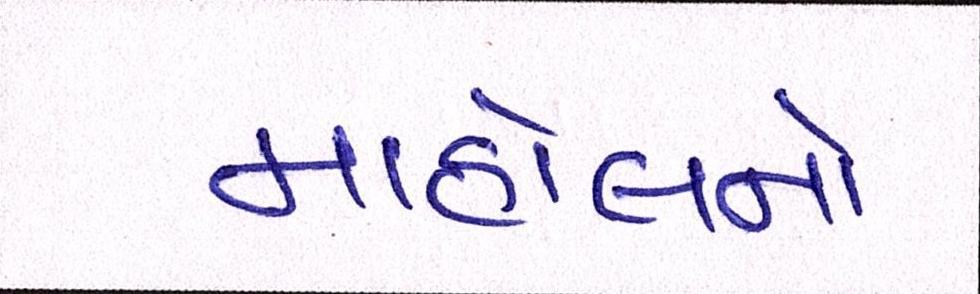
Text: માહોલનો